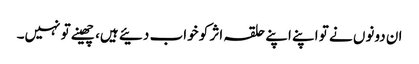
ان دونوں نے تو اپنے اپنے حلقہ اثر کو خواب دئیے ہیں، چھینے تو نہیں۔